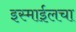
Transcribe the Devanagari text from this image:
इस्माईलचा